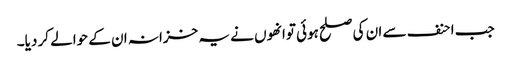
جب احنف سے ان کی صلح ہوئی توانھوں نے یہ خزانہ ان کے حوالے کر دیا۔